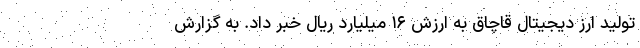
تولید ارز دیجیتال قاچاق به ارزش ۱۶ میلیارد ریال خبر داد. به گزارش